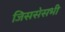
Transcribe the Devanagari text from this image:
जिससेसभी